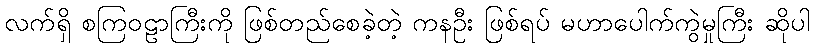
လက်ရှိ စကြဝဠာကြီးကို ဖြစ်တည်စေခဲ့တဲ့ ကနဦး ဖြစ်ရပ် မဟာပေါက်ကွဲမှုကြီး ဆိုပါ